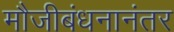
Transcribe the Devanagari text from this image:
मौजीबंधनानंतर